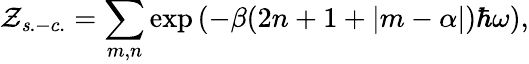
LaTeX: \mathcal{Z}_{\mathit{s}.-c.}=\sum_{m,n}\exp{(-\beta(2n+1+|m-\alpha|)\hbar\omega)},